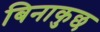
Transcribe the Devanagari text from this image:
बिनाकुछ